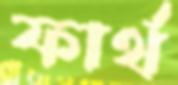
ফার্থ